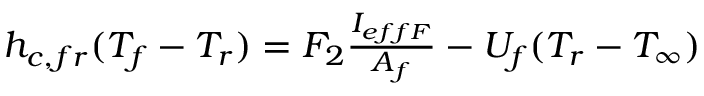
\begin{array} { r } { h _ { c , f r } ( T _ { f } - T _ { r } ) = F _ { 2 } \frac { I _ { e f f F } } { A _ { f } } - U _ { f } ( T _ { r } - T _ { \infty } ) } \end{array}